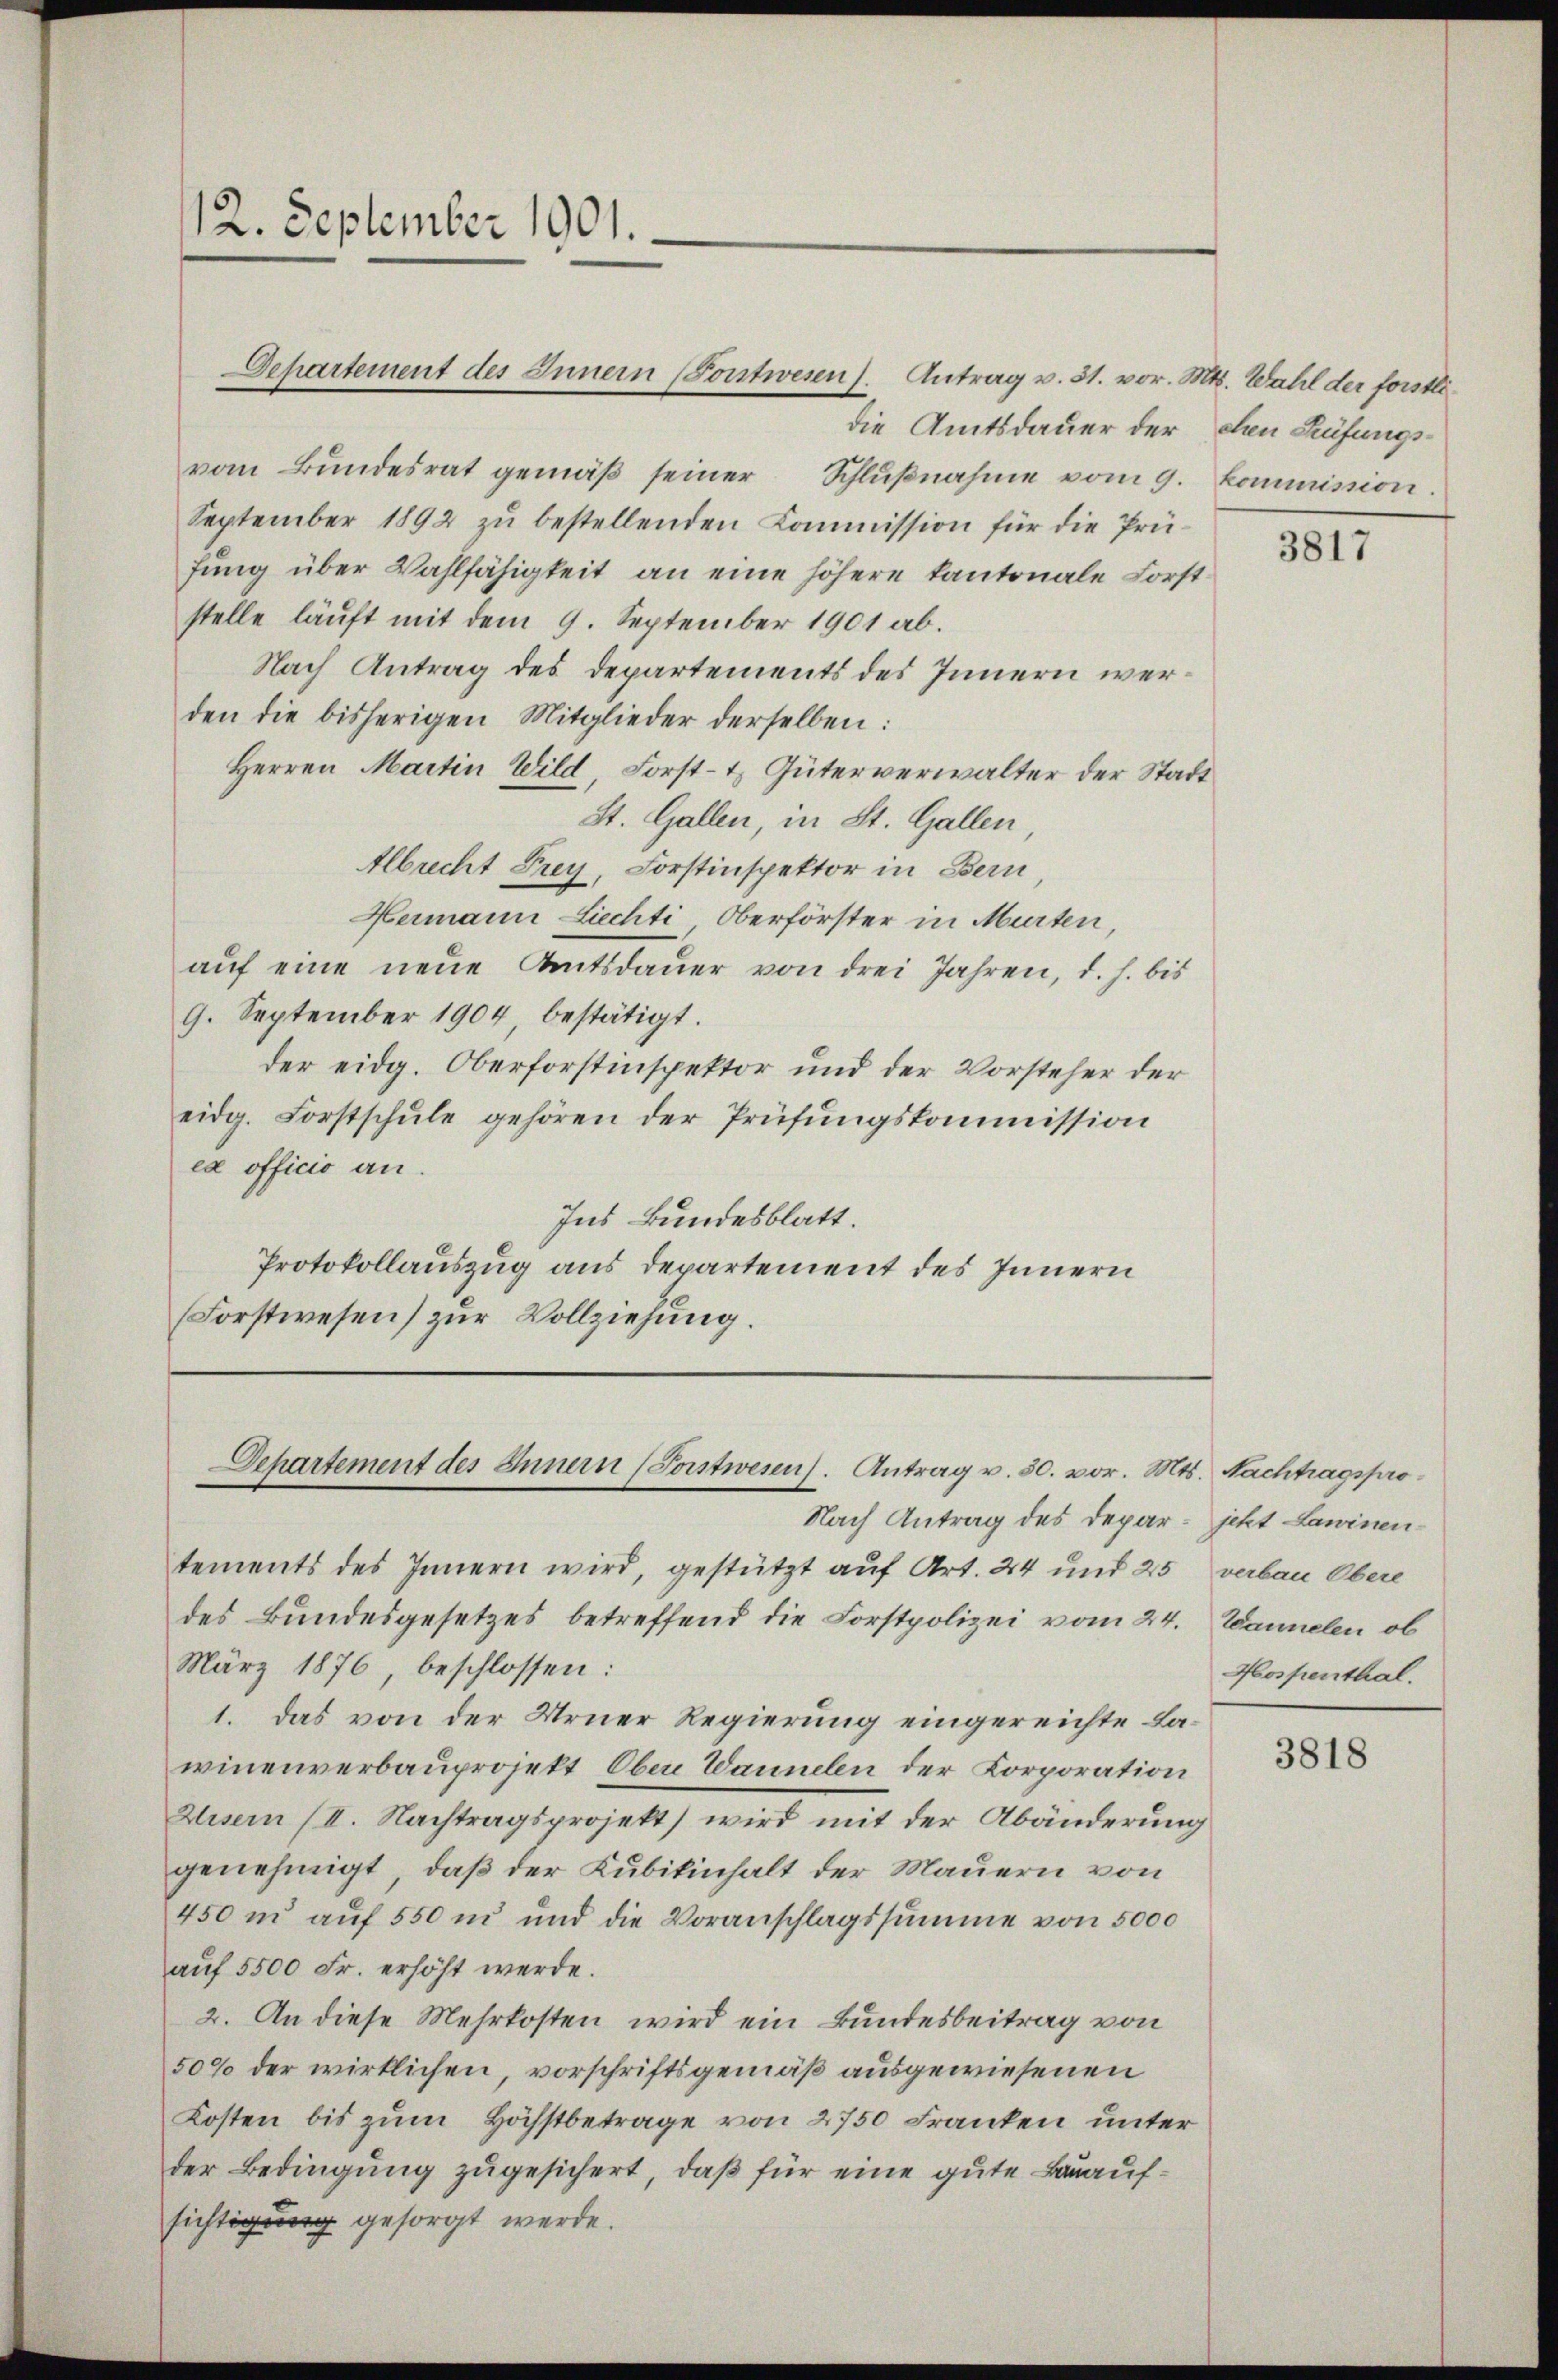
12. September 1901.

vom Bŭndesrat gemäβ seiner Schlŭβnahme vom 9. kommission.
September 1892 zŭ bestellenden Kommission für die Prü-
fung über Wahlfähigkeit an eine höhere kantonale Forst
stelle läuft mit dem 9. September 1901 ab.
Nach Antrag des Departements des Innern werden die bisherigen Mitglieder derselben:
Herren Martin Wild, Forst- & Güterverwalter der Stadt
St. Gallen, in St. Gallen,
Albrecht Frey, Forstinspektor in Bern,
Hermann Liechti Oberförster in Murten,
auf eine neue Amtsdauer von drei Jahren, d. h. bis
9. September 1904, bestätigt.
der eidg. Oberforstinspektor und der Vorsteher der
eidg. Forstschŭle gehören der Prüfungskommission
ex officio an.
Ins Bundesblatt.
Protokollauszug aus Departement des Innern
Forstwesen) zur Vollziehung.

Departement des Innern (Postwesen). Antrag v. 31. vor. Mts. Wahl der forstli¬

Departement des Innern (Sonstwesen. Antrag v. 30. vor. Mts. Nachtragspro¬

die Amtsdauer der den Prüfungs¬

tements des Innern wird, gestützt auf Art. 24 und 25 verbau Obere
des Bundesgesetzes betreffend die Forstpolizei vom 24. Wannelen ob
März 1876, beschlossen:
1. Das von der Urner Regierung eingereichte Lawinenverbauprojekt Ober Wannelen der Korporation
Wisern (II. Nachtragsprojekt) wird mit der Abänderung
genehmigt, daß der Kubikinhalt der Mauern von
450 m auf 550 m und die Voranschlagssumme von 5000
auf 5500 Fr. erhöht werde.
2. An diese Mehrkosten wird ein Bundesbeitrag von
50% der wirklichen, vorschriftsgemäß ausgewiesenen
Kosten bis zum Höchstbetrage von 2750 Franken unter
der Bedingung zugesichert, daß für eine gute Bauaufsichtigung gesorgt werde.

Nach Antrag des Depar- jetzt Lawinen

3817

Hospenthal.

3818